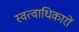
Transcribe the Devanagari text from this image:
स्वत्वाधिकारों